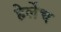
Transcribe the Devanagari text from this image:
हेर्लेच